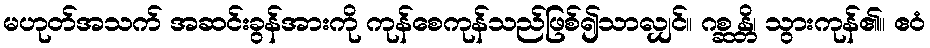
မဟုတ်အသက် အဆင်းခွန်အားကို ကုန်စေကုန်သည်ဖြစ်၍သာလျှင်။ ဂစ္ဆန္တိ၊ သွားကုန်၏။ ဧဝံ